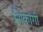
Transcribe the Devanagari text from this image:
शिकांगी